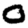
Digit: 0